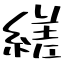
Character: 縒